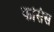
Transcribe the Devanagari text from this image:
फसिस